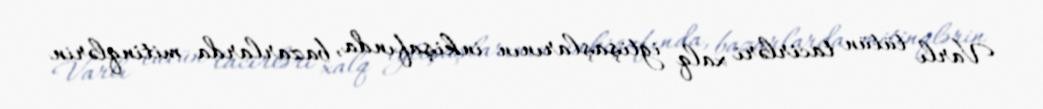
Varlı tütün tacirləri xalq iğtişaşlarının inkişafında, bazarlarda mitinqlərin